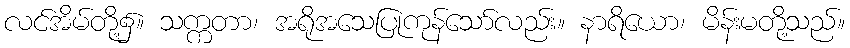
လင်အိမ်တို့၌။ သက္ကတာ၊ အရိုအသေပြုကုန်သော်လည်း။ နာရိယော၊ မိန်းမတို့သည်။